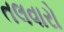
તલવારો